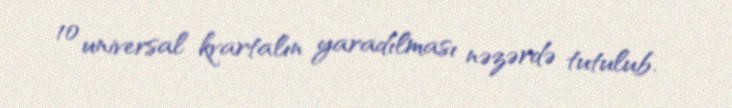
10 universal kvartalın yaradılması nəzərdə tutulub.